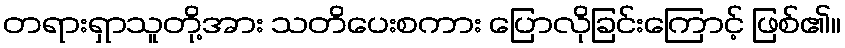
တရားရှာသူတို့အား သတိပေးစကား ပြောလိုခြင်းကြောင့် ဖြစ်၏။